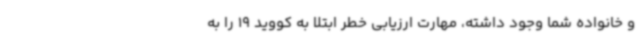
و خانواده شما وجود داشته، مهارت ارزیابی خطر ابتلا به کووید 19 را به